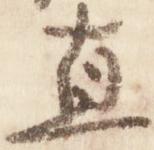
直